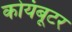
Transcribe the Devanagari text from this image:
कोयंबूटर